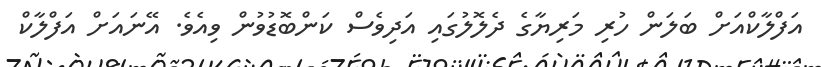
އަފްލާކްއަށް ބަލަން ހުރި މަރިޔާގެ ދެލޮލުގައި އަދިވެސް ކަންބޮޑުވުން ވިއެވެ. އޭނައަށް އަފްލާކް